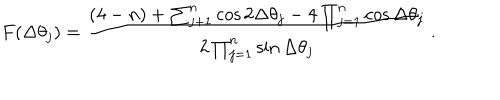
LaTeX: F ( \Delta \theta _ { j } ) = \frac { ( 4 - n ) + \sum _ { j + 1 } ^ { n } \cos 2 \Delta \theta _ { j } - 4 \prod _ { j = 1 } ^ { n } \cos \Delta \theta _ { j } } { 2 \prod _ { j = 1 } ^ { n } \sin \Delta \theta _ { j } } \, .